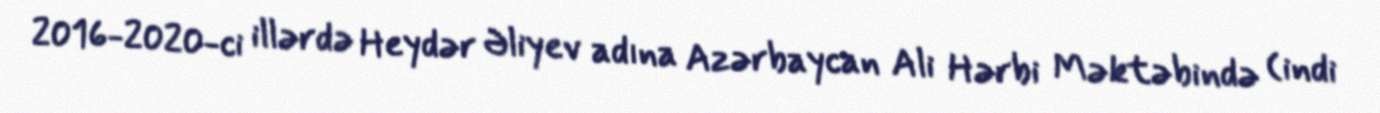
2016-2020-ci illərdə Heydər Əliyev adına Azərbaycan Ali Hərbi Məktəbində (indi